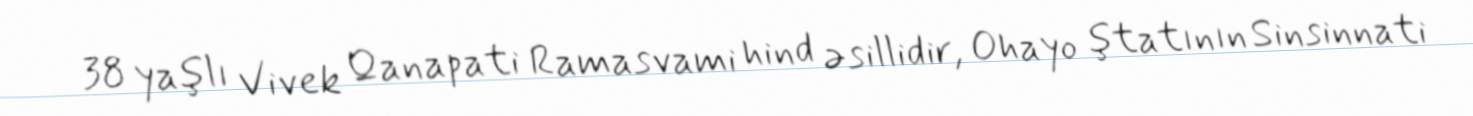
38 yaşlı Vivek Qanapati Ramasvami hind əsillidir, Ohayo ştatının Sinsinnati